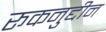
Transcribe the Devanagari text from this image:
रूकनुद्दीन